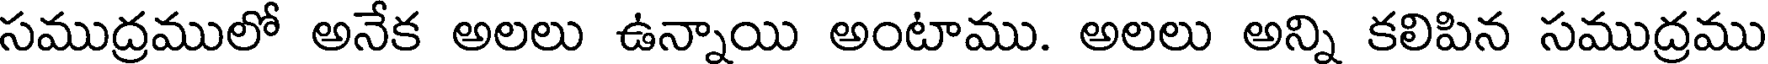
సముద్రములో అనేక అలలు ఉన్నాయి అంటాము. అలలు అన్ని కలిపిన సముద్రము